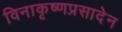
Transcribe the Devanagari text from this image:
विनाकृष्णप्रसादेन